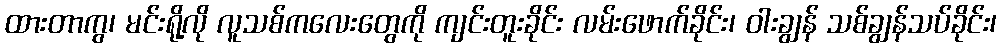
ထားတာကွ၊ မင်းရို့လို လူသစ်ကလေးတွေကို ကျင်းတူးခိုင်း လမ်းဖောက်ခိုင်း၊ ဝါးချွန် သစ်ချွန်သပ်ခိုင်း၊